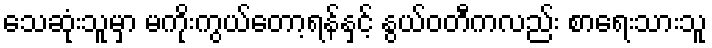
သေဆုံးသူမှာ မကိုးကွယ်တော့ရန်နှင့် နွယ်ဝတီကလည်း စာရေးသားသူ